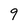
Character: 9